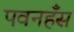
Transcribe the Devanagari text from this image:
पवनहँस